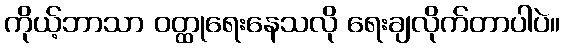
ကိုယ့်ဘာသာ ဝတ္ထုရေးနေသလို ရေးချလိုက်တာပါပဲ။